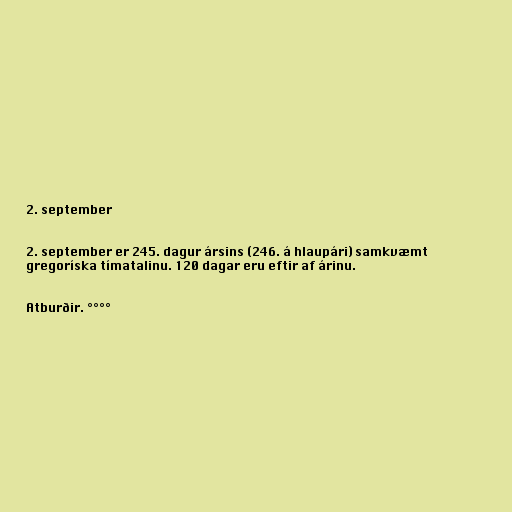
2. september

2. september er 245. dagur ársins (246. á hlaupári) samkvæmt
gregoríska tímatalinu. 120 dagar eru eftir af árinu.

Atburðir. °°°°